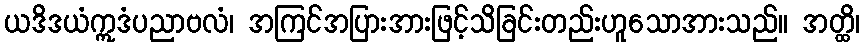
ယဒိဒယံဣဒံပညာဗလံ၊ အကြင်အပြားအားဖြင့်သိခြင်းတည်းဟူသောအားသည်။ အတ္ထိ၊